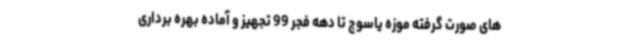
های صورت گرفته موزه یاسوج تا دهه فجر 99 تجهیز و آماده بهره برداری